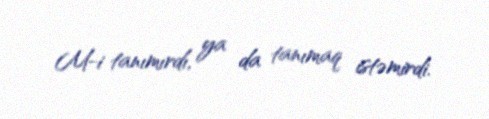
M-i tanımırdı, ya da tanımaq istəmirdi.